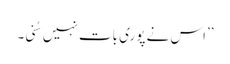
’’اس نے پوری بات نہیں سُنی۔